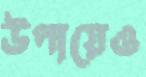
উপায়েও